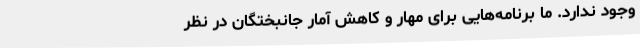
وجود ندارد. ما برنامه‌هایی برای مهار و کاهش آمار جانبختگان در نظر